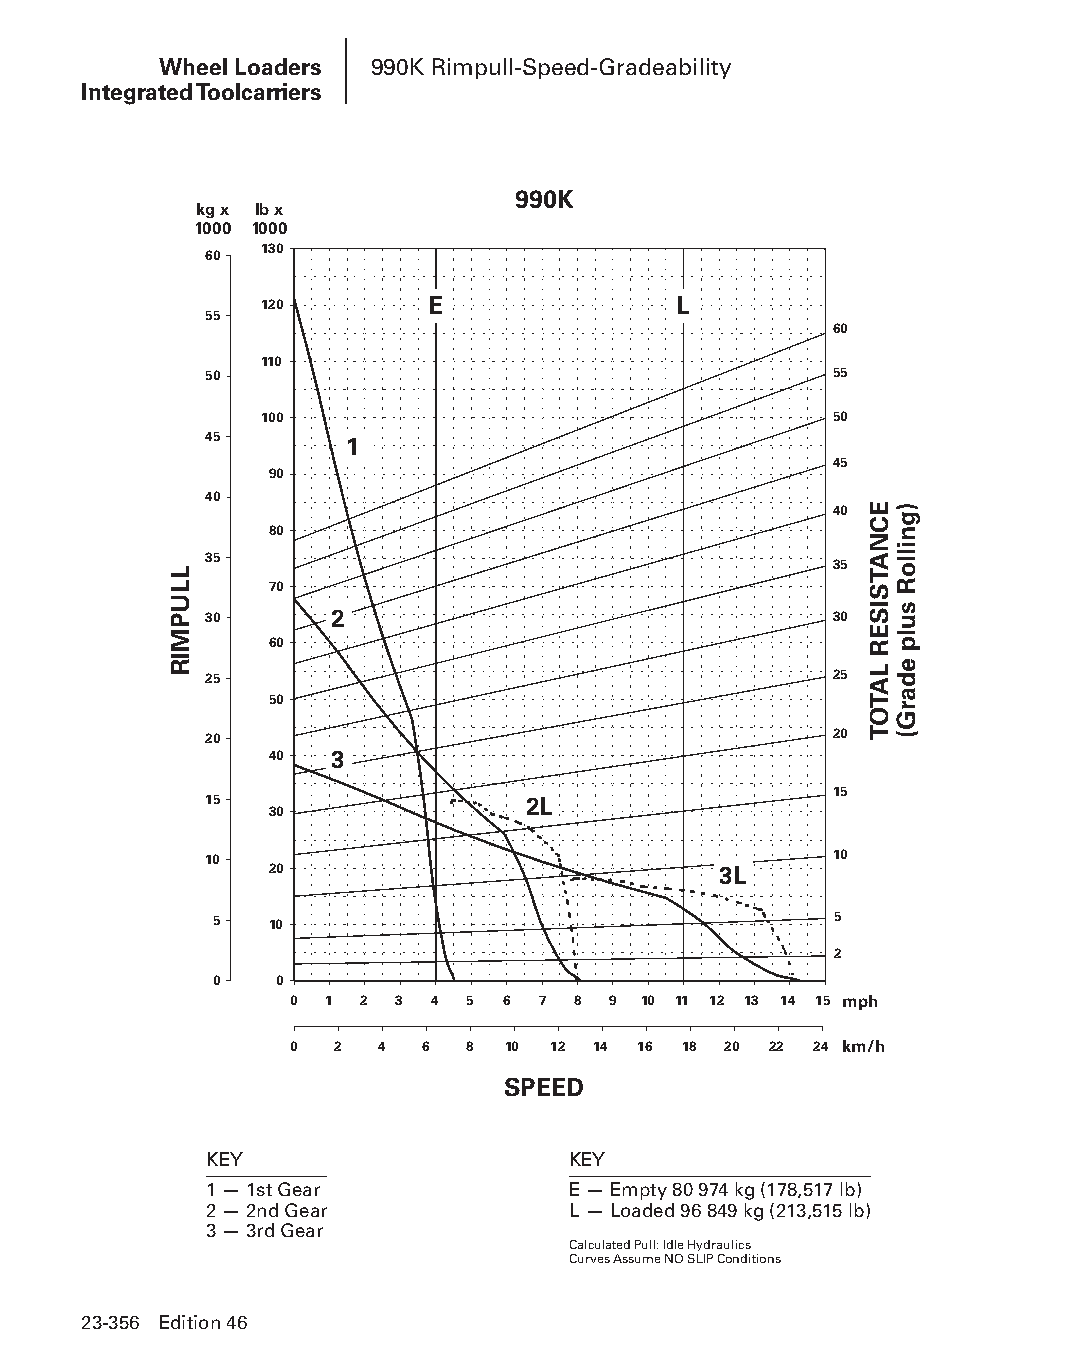
Wheel Loaders 990K Rimpull-Speed-Gradeability
 Integrated Toolcarriers
 990K
 kg x lb x
 1000 1000
 130
 60
 120        E               L
 55
 60
 110
 50                                       55
 100                                  50
 45       1
 45
 90
 40
 40
 80
 35
 35
 70
 30      2                                30
 60
 25                                       25
 50
 20                                       20
 40  3
 15
 15                   2L
 30
 10                                        10
 20                            3L
 5   10                                    5
 2
 0    0
 0 1 2  3 4 5  6 7 8  9 10 11 12 13 14 15 mph
 0  2 4  6  8  10 12 14 16 18 20 22 24 km/h
 SPEED
 KEY                     KEY
 1 — 1st Gear            E — Empty 80 974 kg (178,517 lb)
 2 — 2nd Gear            L — Loaded 96 849 kg (213,515 lb)
 3 — 3rd Gear
 Calculated Pull: Idle Hydraulics
 Curves Assume NO SLIP Conditions
 23-356 Edition 46
 PPHHBB--SSeecc2233((ppgg332255--338800))..iinndddd 335566      1122//44//1155 1111::1133 AAMM
 LLUPMIR
 ECNATSISER
 LATOT
 )gnilloR
 sulp
 edarG(